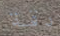
دقة